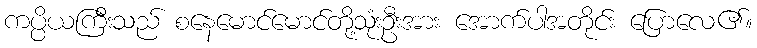
ကပ္ပိယကြီးသည် စနေမောင်မောင်တို့သုံးဦးအား အောက်ပါအတိုင်း ပြောလေ၏။